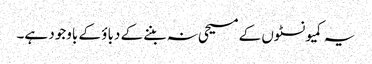
یہ کمیونسٹوں کے مسیحی نہ بننے کے دباؤ کے باوجود ہے۔